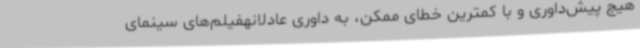
هیچ پیش‌داوری و با کمترین خطای ممکن، به داوری عادلانهفیلم‌های سینمای